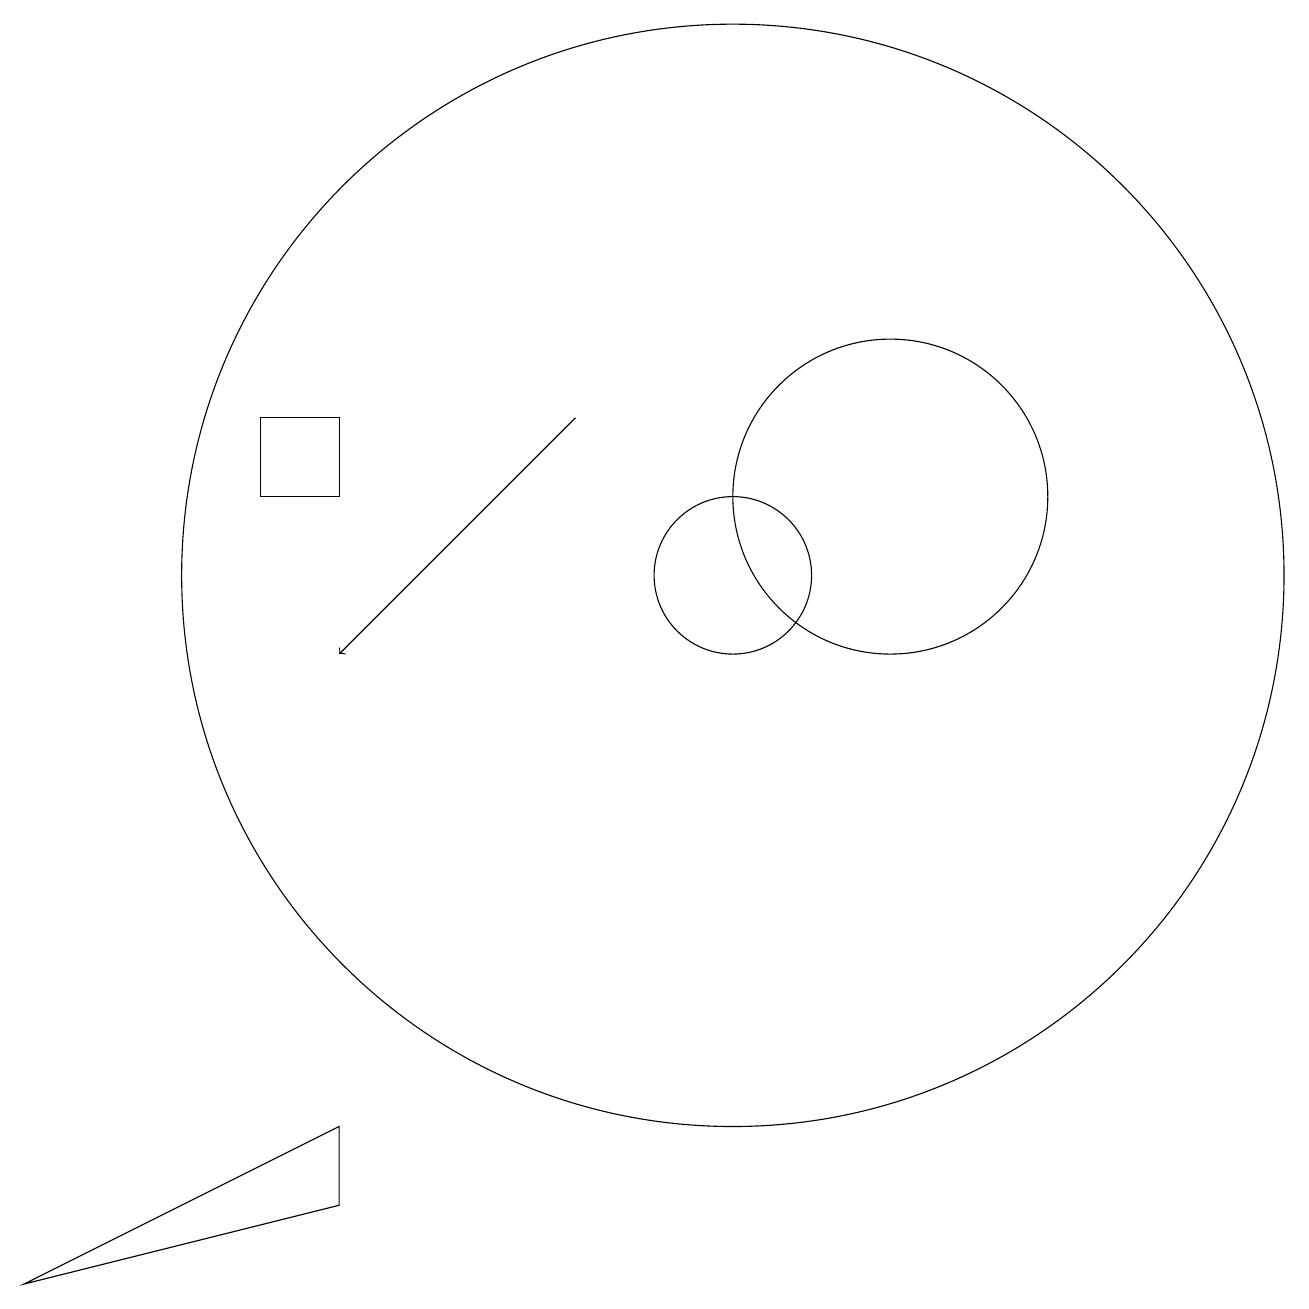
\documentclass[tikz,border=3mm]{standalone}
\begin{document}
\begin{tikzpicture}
\draw (4,12) rectangle (5,13);
\draw (10,11) circle (7);
\draw (5,4) -- (1,2) -- (5,3) -- cycle;
\draw[->] (8,13) -- (5,10);
\draw (10,11) circle (1);
\draw (12,12) circle (2);
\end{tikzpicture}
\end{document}